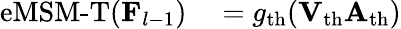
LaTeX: \begin{array}{rl}{\operatorname{eMSM-T}(\mathbf{F}_{l-1})}&{{}=g_{\mathrm{th}}(\mathbf{V}_{\mathrm{th}}\mathbf{A}_{\mathrm{th}})}\end{array}